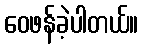
ဝေဖန်ခဲ့ပါတယ်။